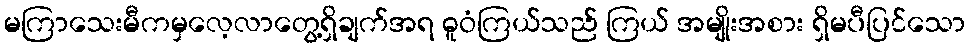
မကြာသေးမီကမှလေ့လာတွေ့ရှိချက်အရ ဓူဝံကြယ်သည် ကြယ် အမျိုးအစား ရှိမပီပြင်သော